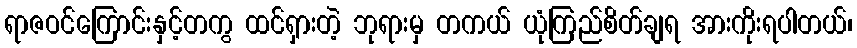
ရာဇဝင်ကြောင်းနှင့်တကွ ထင်ရှားတဲ့ ဘုရားမှ တကယ် ယုံကြည်စိတ်ချရ အားကိုးရပါတယ်၊